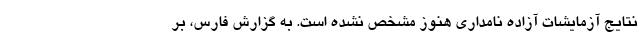
نتایج آزمایشات آزاده نامداری هنوز مشخص نشده است. به گزارش فارس، بر